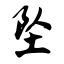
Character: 坠